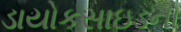
ડાયોકસાઇડનો